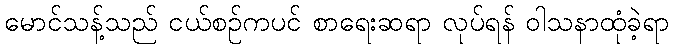
မောင်သန့်သည် ငယ်စဉ်ကပင် စာရေးဆရာ လုပ်ရန် ဝါသနာထုံခဲ့ရာ